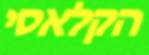
הקלאסי